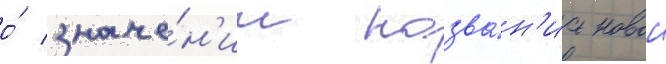
о́ значе́н'ии назва́н'иа новои